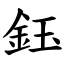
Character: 鈺